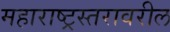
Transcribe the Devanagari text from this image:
महाराष्ट्रस्तरावरील